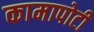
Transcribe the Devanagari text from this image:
कामापोटी